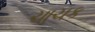
ચાચક